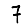
Digit: 7